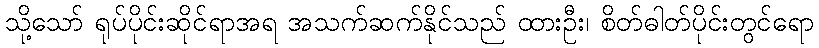
သို့သော် ရုပ်ပိုင်းဆိုင်ရာအရ အသက်ဆက်နိုင်သည် ထားဦး၊ စိတ်ဓါတ်ပိုင်းတွင်ရော